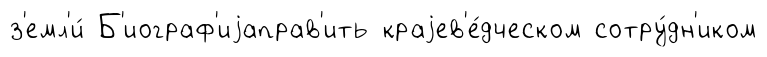
з'емл'и́ Б'иограф'иjаправ'ить краjев'е́дческом сотру́дн'иком